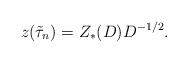
LaTeX: \begin{align*} z(\tilde\tau_n)=Z_*(D)D^{-1/2}.\end{align*}